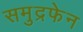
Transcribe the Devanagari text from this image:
समुद्रफेन